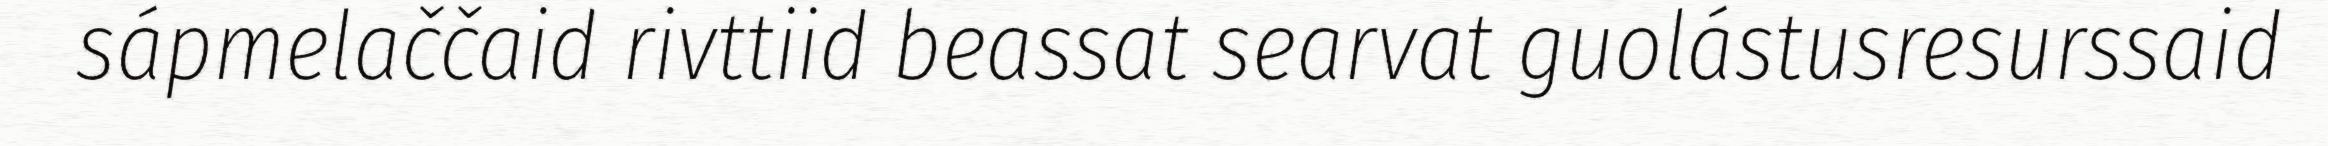
sápmelaččaid rivttiid beassat searvat guolástusresurssaid